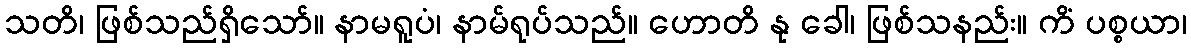
သတိ၊ ဖြစ်သည်ရှိသော်။ နာမရူပံ၊ နာမ်ရုပ်သည်။ ဟောတိ နု ခေါ၊ ဖြစ်သနည်း။ ကိံ ပစ္စယာ၊